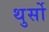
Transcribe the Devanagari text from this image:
थुर्सो